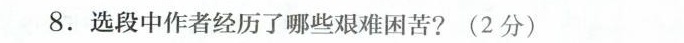
(3分)8.选段中作者经历了哪些艰难困苦?(2分)